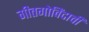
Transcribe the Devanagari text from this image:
गीतगोविंदाची